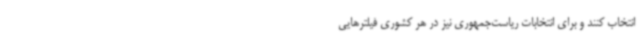
انتخاب کنند و برای انتخابات ریاست‌جمهوری نیز در هر کشوری فیلترهایی